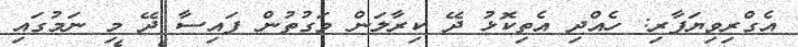
އެގްރިވިޔަފާރި: ހެއްދި އެތިކޮޅު ދޭ ކިރާލަން ވަގުތުން ފައިސާ ދޭ މި ނަމުގައި